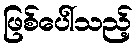
ဖြစ်ပေါ်သည့်